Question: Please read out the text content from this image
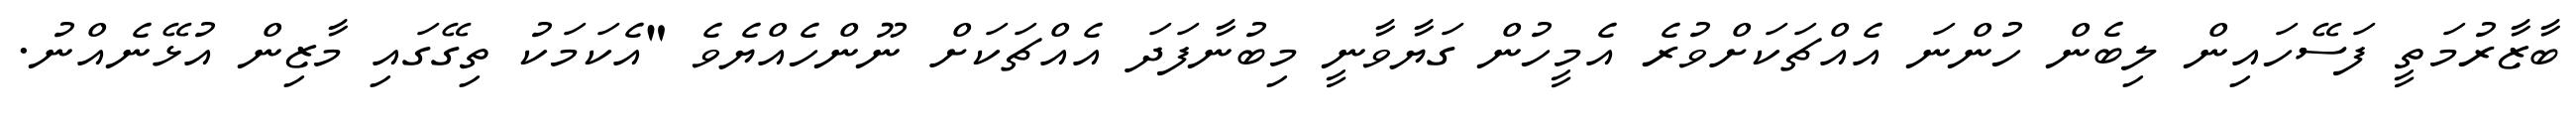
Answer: ބާޒާރުމަތީ ފަސޭހައިން ލިބެން ހުންނަ އެއްޗަކަށްވުރެ އެމީހުން ގަޔާވާނީ މިބުނާފަދަ އެއްޗަކަށް ނޫންހެއްޔެވެ "އެކަމަކު ތިގޭގައި މާޒިން އުޅޭނެއްނު.